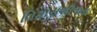
વિકાસશીલતા